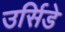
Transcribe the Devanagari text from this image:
उर्सिडे